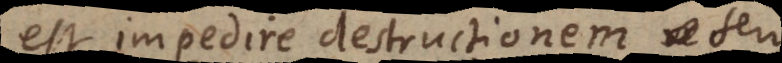
est impedire destructionem seu